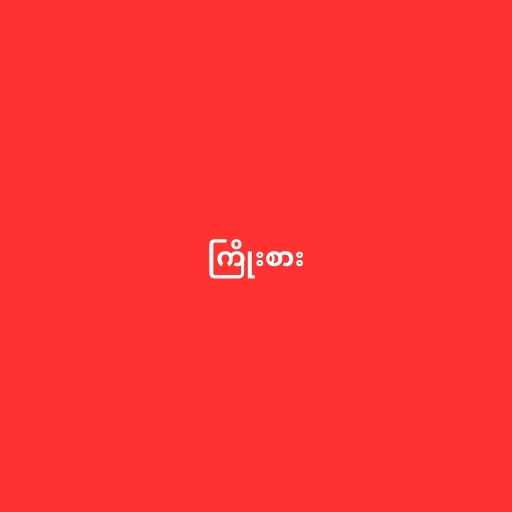
ကြိုးစား